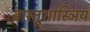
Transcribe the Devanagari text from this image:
वास्तूशास्ञिय